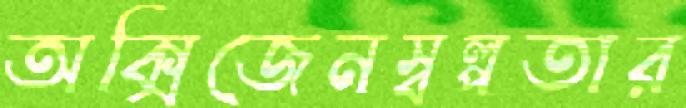
অক্সিজেনস্বল্পতার